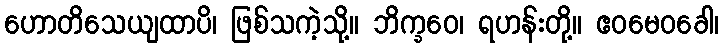
ဟောတိသေယျထာပိ၊ ဖြစ်သကဲ့သို့။ ဘိက္ခဝေ၊ ရဟန်းတို့။ ဧဝမေဝခေါ၊